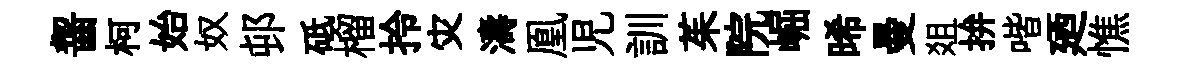
齧柯始奴邨砥榴拎灾濤凰児訓茱院崛晞曼爼拚喈廼憔